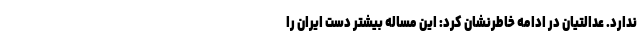
ندارد. عدالتیان در ادامه خاطرنشان کرد: این مساله بیشتر دست ایران را